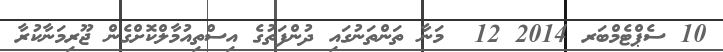
10 ސެޕްޓެމްބަރ 2014 12  މަނާ ތަންތަނުގައި ދުންފަތުގެ އިސްތިއުމާލްކޮށްގެން ޖޫރިމަނާކުރާ